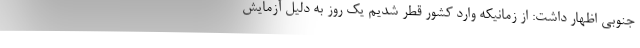
جنوبی اظهار داشت: از زمانیکه وارد کشور قطر شدیم یک روز به دلیل آزمایش